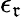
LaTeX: \epsilon_{\mathfrak{r}}